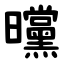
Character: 曭